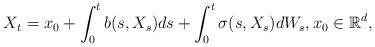
LaTeX: \begin{align*} X_t = x_0 + \int_0^t b(s,X_s) ds + \int_0^t\sigma(s,X_s) dW_s, x_0 \in \mathbb R^d, \end{align*}